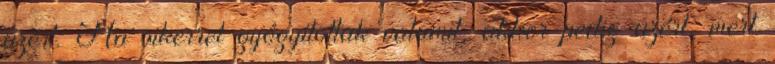
azért. Ha sikerrel gyógyítottak valamit, akkor pedig azért, mert